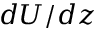
d U / d z